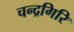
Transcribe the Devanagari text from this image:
चन्द्रगिरि